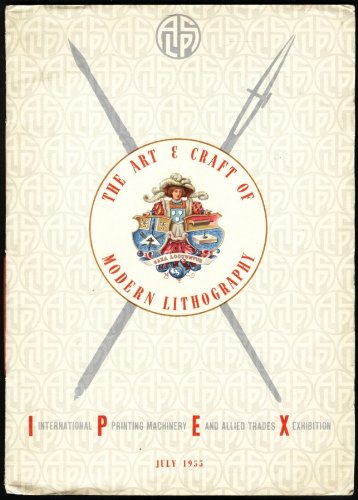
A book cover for The Art and Craft of Modern Lithography (July, 1955); Not Given; Arts & Photography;